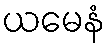
ယမေနံ